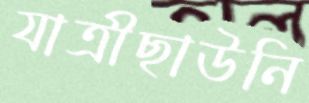
যাত্রীছাউনি